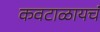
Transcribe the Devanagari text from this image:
कवटाळायचं